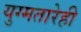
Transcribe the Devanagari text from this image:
युग्मतारेही